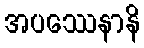
အပဿေနာနိ